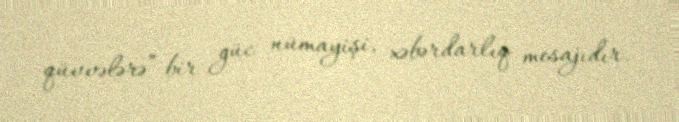
qüvvələrə” bir güc nümayişi, xəbərdarlıq mesajıdır.